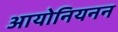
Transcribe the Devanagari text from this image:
आयोनियनन